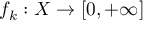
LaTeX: f _ { k } : X \to [ 0 , + \infty ]